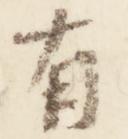
有